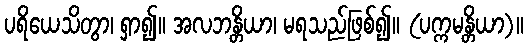
ပရိယေသိတွာ၊ ရှာ၍။ အလဘန္တိယာ၊ မရသည်ဖြစ်၍။ (ပက္ကမန္တိယာ)။